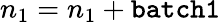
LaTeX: n_{1}=n_{1}+\mathtt{batch1}